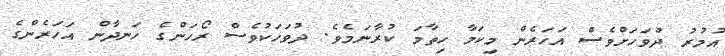
އުމުރު ދުވަހަށްވެސް އަހަރެން މިކަމާ ހިތާމަ ކުރާނަމެވެ. ދުވަހަކުވެސް ރޯހަންގެ ހަނދާން އަހަރެންގެ